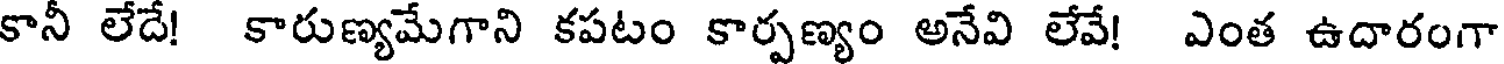
కానీ లేదే! కారుణ్యమేగాని కపటం కార్పణ్యం అనేవి లేవే! ఎంత ఉదారంగా